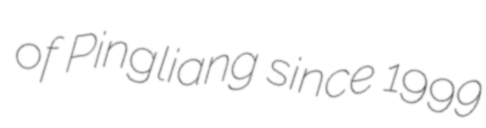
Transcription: of Pingliang since 1999